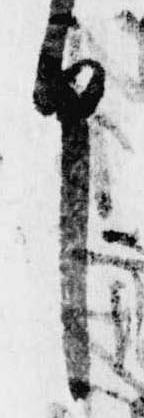
申